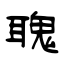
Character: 聭